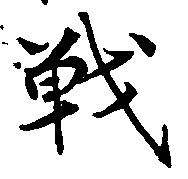
戦